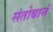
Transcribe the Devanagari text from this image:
संतोबानं